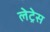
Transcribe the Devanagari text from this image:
लेट्रेस